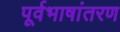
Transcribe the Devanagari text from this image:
पूर्वभाषांतरण